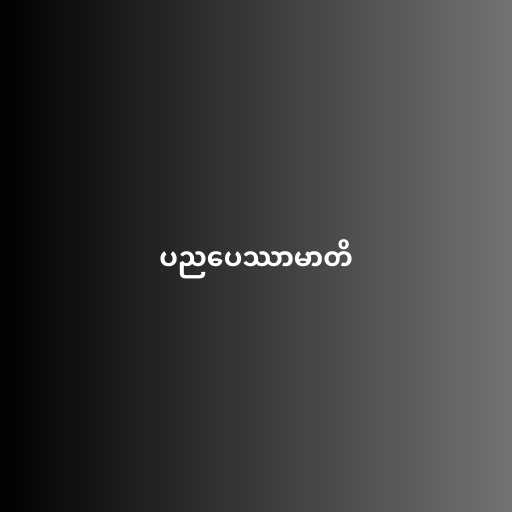
ပညပေဿာမာတိ